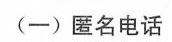
(-)匿名电话